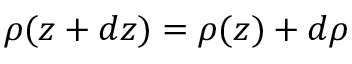
\rho ( z + d z ) = \rho ( z ) + d \rho